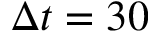
\Delta t = 3 0